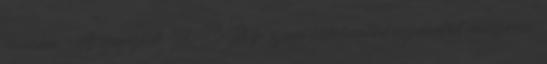
november – A szerveződő MSZMP szovjet kiskatonákkal éjszakánként rendszeresen